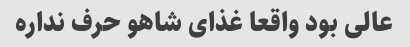
عالی بود واقعا غذای شاهو حرف نداره